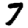
Digit: 7